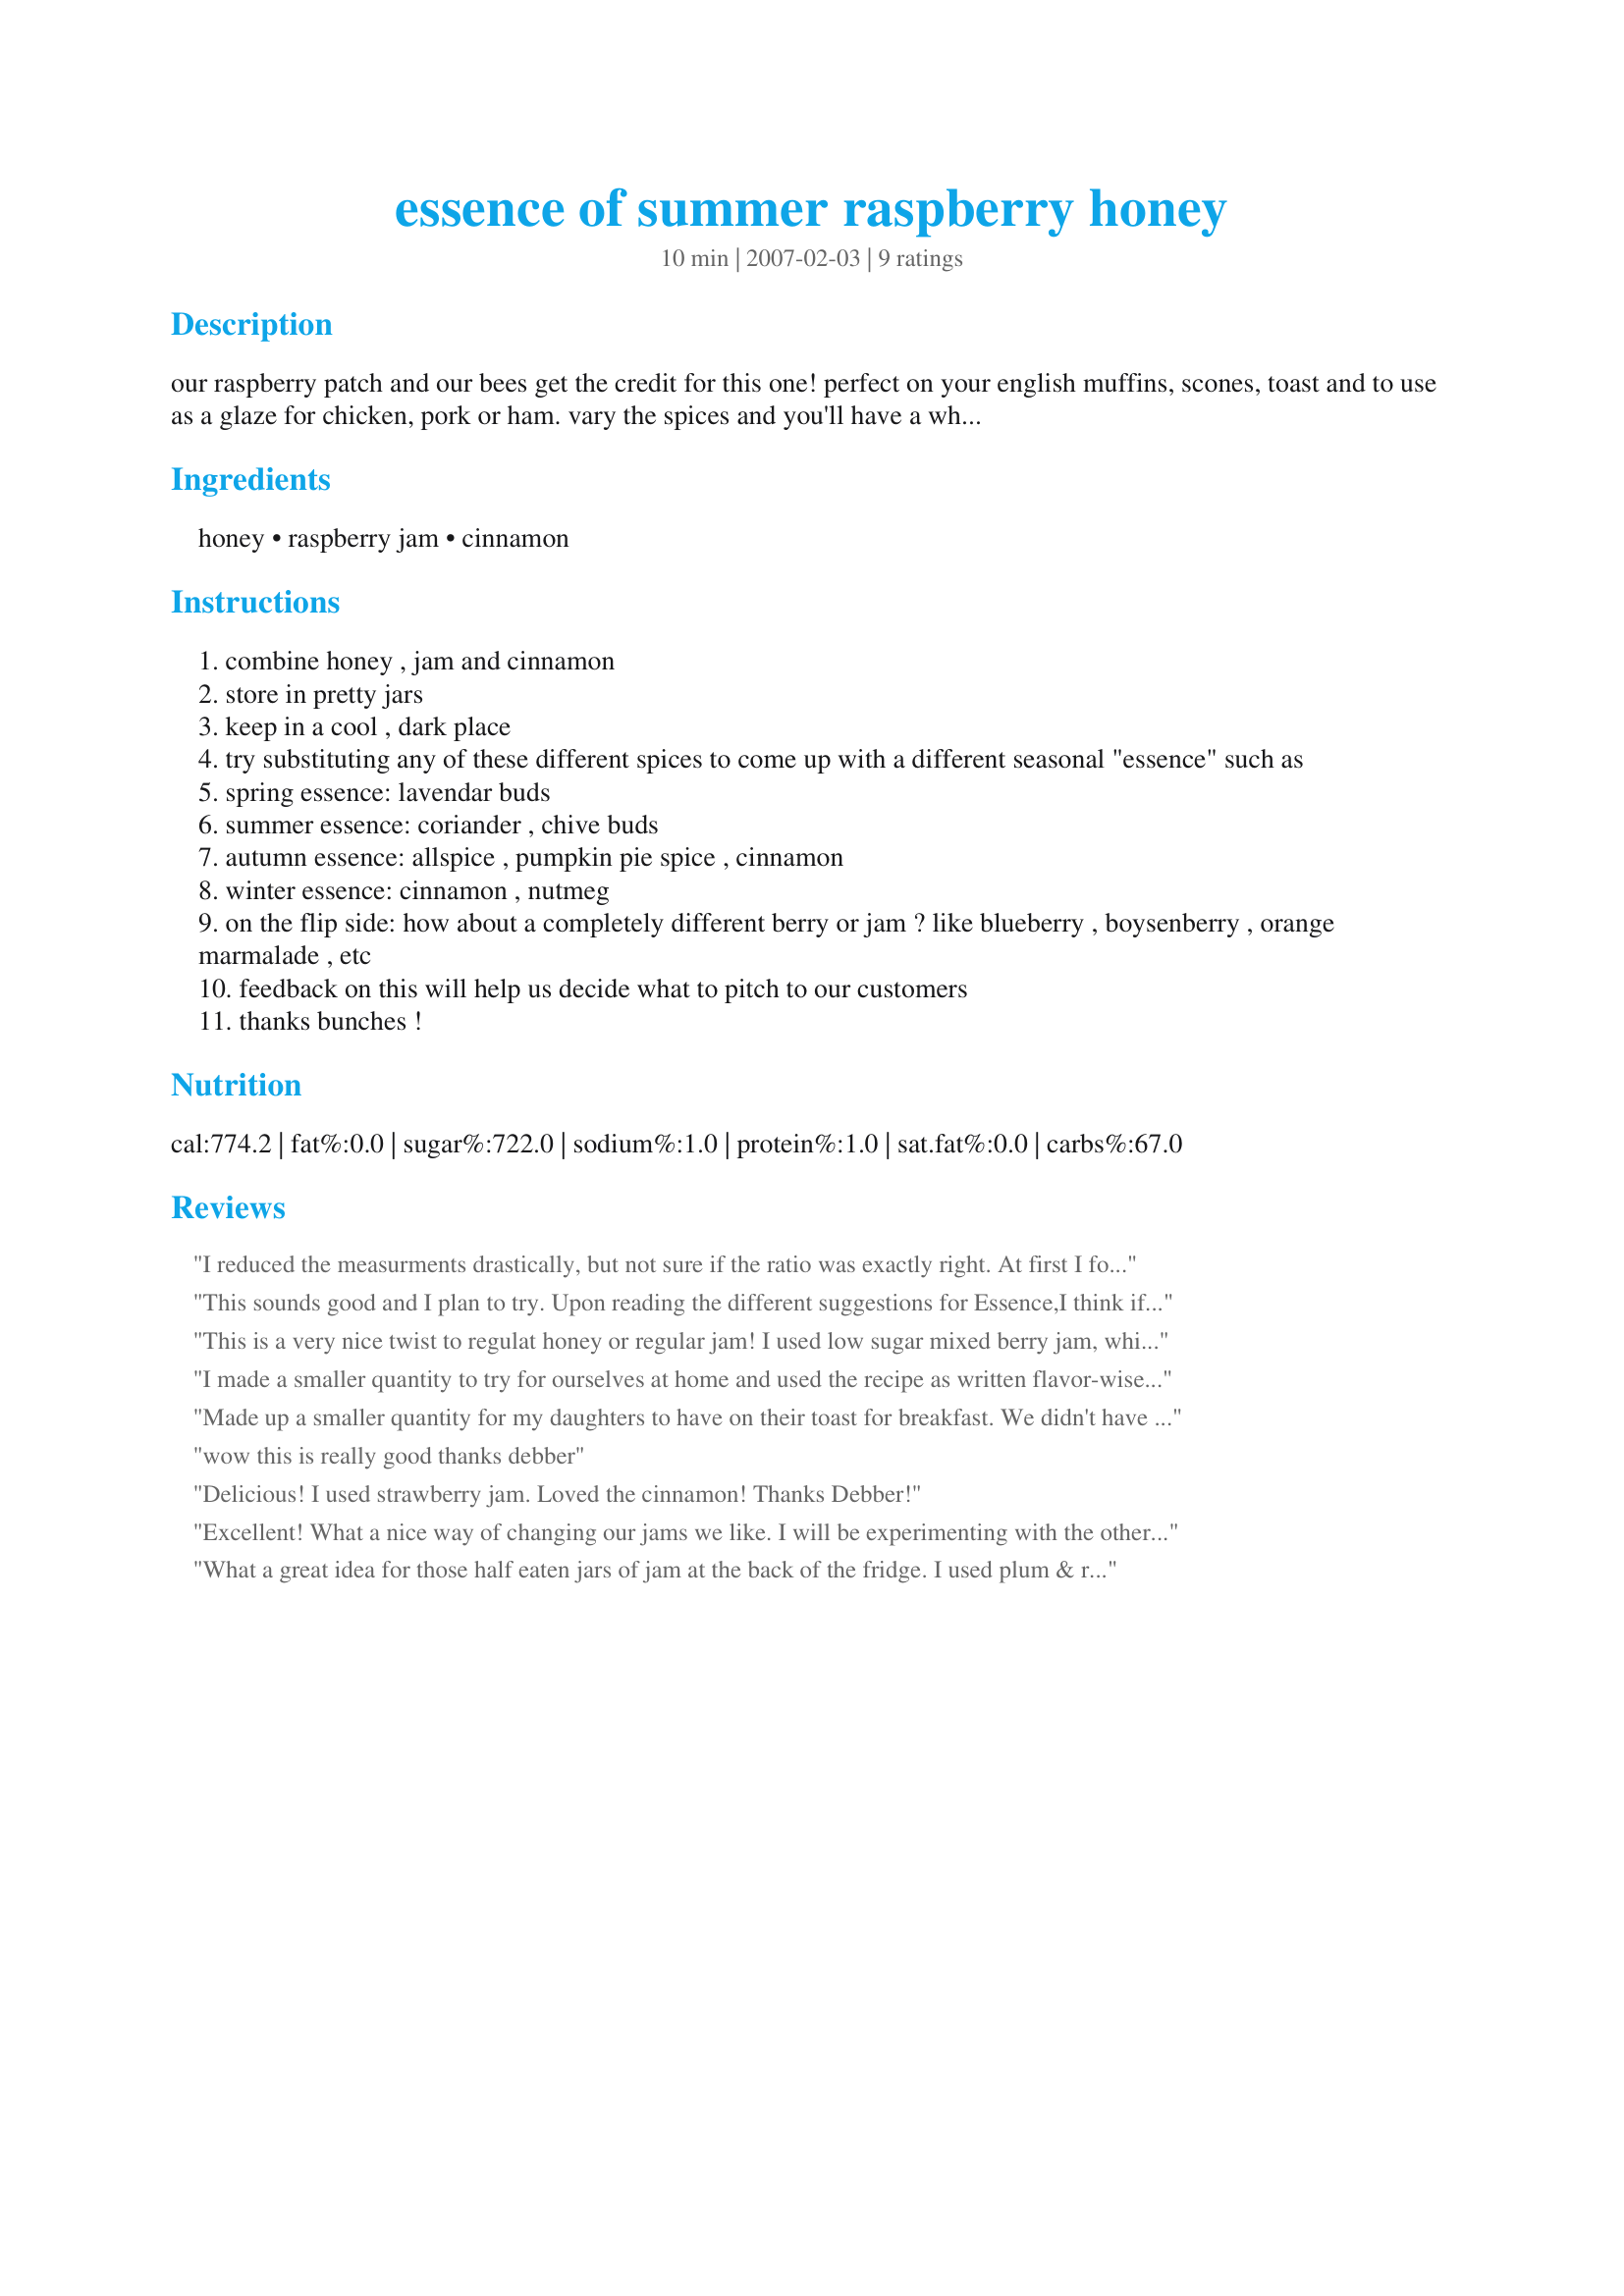
essence of summer raspberry honey
Preparation time: 10 minutes

our raspberry patch and our bees get the credit for this one! perfect on your english muffins, scones, toast and to use as a glaze for chicken, pork or ham. vary the spices and you'll have a whole different "essence." let me know your favorites, please...we're doing a market survey and will be selling this to our poultry customers this summer. thanks!

Ingredients:
honey, raspberry jam, cinnamon

Steps:
combine honey , jam and cinnamon
store in pretty jars
keep in a cool , dark place
try substituting any of these different spices to come up with a different seasonal "essence" such as
spring essence: lavendar buds
summer essence: coriander , chive buds
autumn essence: allspice , pumpkin pie spice , cinnamon
winter essence: cinnamon , nutmeg
on the flip side: how about a completely different berry or jam ? like blueberry , boysenberry , orange marmalade , etc
feedback on this will help us decide what to pitch to our customers
thanks bunches !

Reviews:
I reduced the measurments drastically, but not sure if the ratio was exactly right. At first I forgot to add the cinnamon, and ds and I had it on our peanutbutter sandwich. It was great. Then I realized what I had done, and I had to go add the cinnamon in and try it. I liked it even better! I still have more for later. Thank you Debber, It is berry good!
This sounds good and I plan to try. Upon reading the different suggestions for Essence,I think if you teamed up Orange Marmalade to go with the Autumn Essence suggestions and Red Currant for the Winter Essence it might be a nice pairing. Last year I gave flavored butters (See Recipe#202011 Blueberry Butter or 202008 Apricot butter (also Strawberry 202012,Raspberry 202014 and Cherry 202010) for Christmas which were a huge hit,this year I may have to try your honey listing. Thanks for posting!!!
This is a very nice twist to regulat honey or regular jam! I used low sugar mixed berry jam, which was really nice as the somewhat tart flavour blended with the sweet honey. The touch of cinnamon was great. I made a much smaller amount, and served it on toasted cornbread for breakfast.
I made a smaller quantity to try for ourselves at home and used the recipe as written flavor-wise. DD tried it out first and really enjoyed it on toast - I think we may try making the other flavor ideas for holiday gifts. ;) Thanks for a great recipe!! I would agree with the previous posts on flavorings, perconal preference for the Autumn Essence would be a nice Tomato Jam (the type you eat on toast that is similar to Apple Butter in flavor), and I agree with either Red Current or a nice Cranberry jam for the Winter Essence. SPring might be nice with a Marionberry jam or Huckleberry - YUM! Even a Lemon Curd. I don't know about the Summer Essence - Ithink I would go with a Lemon here too. Just my 2 cents - but I will make this again!! ZWTIII!
Made up a smaller quantity for my daughters to have on their toast for breakfast. We didn't have raspberry jam but instread used blackberry and it worked well. Both enjoyed their breakfast. As suggested by Debber, this would be perfect served on scones with cream or on damper. Thanks for posting.
wow this is really good thanks debber
Delicious! I used strawberry jam. Loved the cinnamon! Thanks Debber!
Excellent! What a nice way of changing our jams we like. I will be experimenting with the other changes as the season change.
What a great idea for those half eaten jars of jam at the back of the fridge. I used plum & raspberry jam with the cinnamon. I nuked my honey for about 15 secs to make it easier to mix, can't wait to have this on my toast in the morning. A great gift idea too!
